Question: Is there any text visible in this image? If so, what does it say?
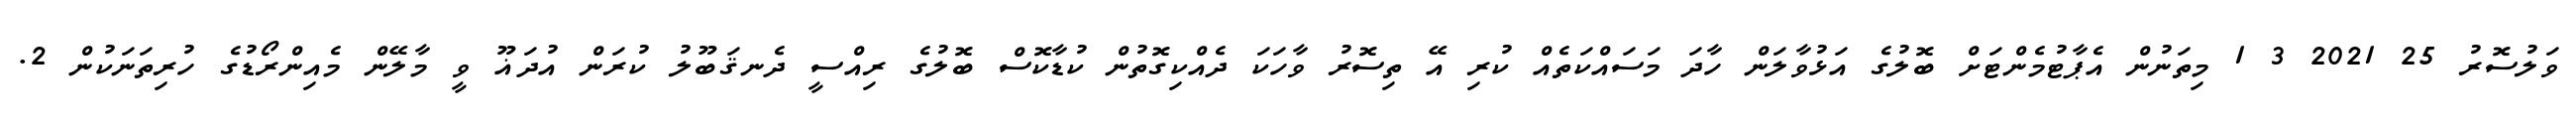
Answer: ވަލުސޮރު 25 2021 3 1 މިތަނުން އެޕާޓުމެންޓަށް ބޮލުގެ އަޅުވާލަން ހާދަ މަސައްކަތެއް ކުރި އޭ ތިސޮރު ވާހަކަ ދެއްކިގޮތުން ކުޑާކޮސް ބޮލުގެ ރިއްސީ ދެނޤަބޫލު ކުރަން އުދަޣޫ ވީ މާލޭން މެއިންރޯޑުގެ ހުރިތަނަކުން 2.